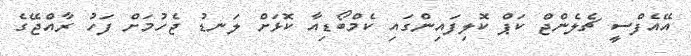
އޭއެފްސީ ޗެލެންޖް ކަޕް ކޮލިފައިންގައި ކެމްބޯޑިއާ ކޮޅަށް ލަނޑު ޖެހުމަށް ފަހު ރާއްޖޭގެ